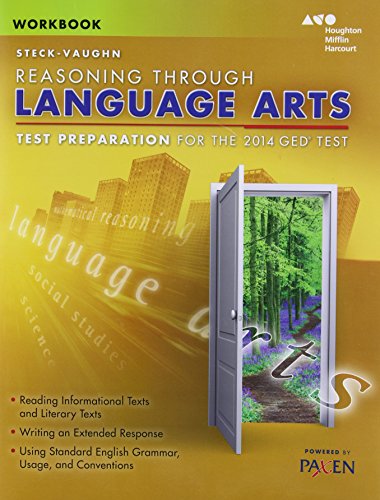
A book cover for Steck-Vaughn GED: Test Preparation Student Workbook Reasoning Through Language Arts; STECK-VAUGHN; Test Preparation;